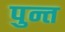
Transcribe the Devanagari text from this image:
पुन्त